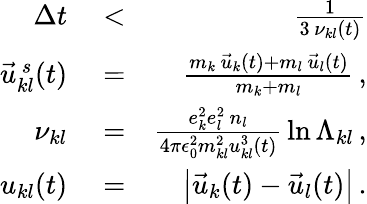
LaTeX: \begin{array}{rlr}{\Delta t}&{{}<}&{\frac{1}{3\, \nu_{kl}(t)}}\\ {\vec{u}_{kl}^{\, s}(t)}&{{}=}&{\frac{m_{k}\, \vec{u}_{k}(t)+m_{l}\, \vec{u}_{l}(t)}{m_{k}+m_{l}}\, ,}\\ {\nu_{kl}}&{{}=}&{\frac{e_{k}^{2}e_{l}^{2}\, n_{l}}{4\pi\epsilon_{0}^{2}m_{kl}^{2}u_{kl}^{3}\left(t\right)}\, \ln\Lambda_{kl}\, ,}\\ {u_{kl}(t)}&{{}=}&{\left|\vec{u}_{k}(t)-\vec{u}_{l}(t)\right|\, .}\end{array}